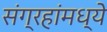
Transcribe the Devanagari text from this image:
संग्रहांमध्ये